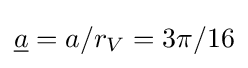
{\underline {a}}=a/r_{V}=3\pi /16